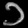
Digit: ၁